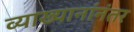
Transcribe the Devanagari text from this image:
व्याख्यानांनंतर